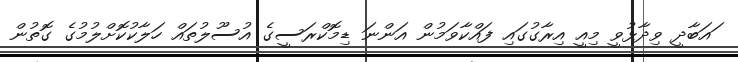
ައަބާދީ ވިދާޅުވީ މިއީ އިރާގުގައި ފައްކާވަމުން އަންނަ ޑިމޮކްރަސީގެ އުސޫލުތައް ހަލާކުކޮށްލުމުގެ ގޮތުން